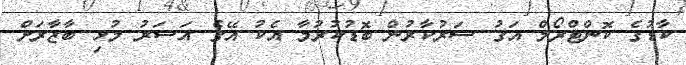
ކާޑުގެ ކޮންޓްރޯލް އަގު ސަރުކާރުން ބޮޑުކުރުމާ އެކު އޭގެ އަސަރު މުޅި ބާޒާރަށް